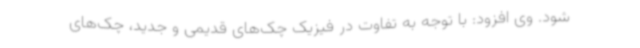
شود. وی افزود: با توجه به تفاوت در فیزیک چک‌های قدیمی و جدید، چک‌های